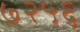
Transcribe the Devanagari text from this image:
७२५६